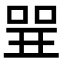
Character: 𠶬